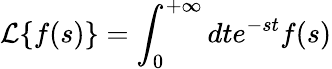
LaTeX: \mathcal{L}\{ f(s)\} =\int_{0}^{+\infty}dte^{-st}f(s)